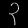
Digit: ၃